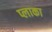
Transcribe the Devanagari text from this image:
प्लाका